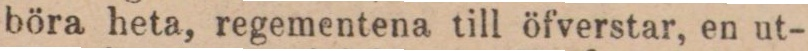
böra heta, regementena till öfverstar, en ut-